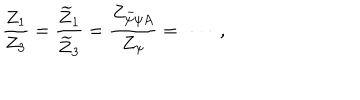
{ \frac { Z _ { 1 } } { Z _ { 3 } } } = { \frac { \widetilde Z _ { 1 } } { \widetilde Z _ { 3 } } } = { \frac { Z _ { \bar { \psi } \psi A } } { Z _ { \psi } } } = \ \cdots \ ,